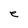
Character: e